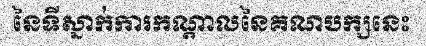
នៃទីស្នាក់ការកណ្តាលនៃគណបក្សនេះ